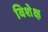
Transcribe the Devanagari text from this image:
विशेक्ष